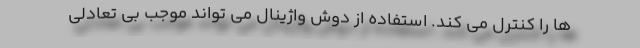
ها را کنترل می کند. استفاده از دوش واژینال می تواند موجب بی تعادلی